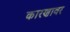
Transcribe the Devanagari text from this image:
कारणावर